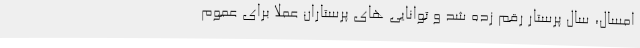
امسال، سال پرستار رقم زده شد و توانایی های پرستاران عملاً برای عموم